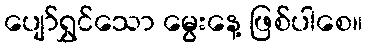
ပျော်ရွှင်သော မွေးနေ့ ဖြစ်ပါစေ။